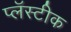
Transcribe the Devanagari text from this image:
प्लॅस्टीक